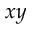
x y